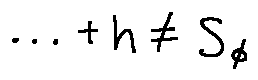
\cdots + h \neq S _ { \phi }